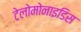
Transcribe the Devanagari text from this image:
टेलोमोनाइडिस